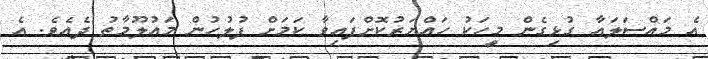
އެ މައްސަލައާ ގުޅިގެން މީހަކު ހައްޔަރުކޮށްފައިވާ ކަމަށް ފުލުހުން މައުލޫމާތު ދެއެވެ. އެ